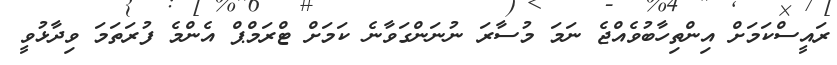
ރައީސްކަމަށް އިންތިހާބުވެއްޖެ ނަމަ މުސާރަ ނުނަންގަވާނެ ކަމަށް ޓްރަމްޕް އެންމެ ފުރަތަމަ ވިދާޅުވީ